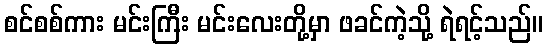
စင်စစ်ကား မင်းကြီး မင်းလေးတို့မှာ ဖခင်ကဲ့သို့ ရဲရင့်သည်။